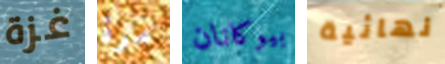
غزة مرة بيوكانان نهائية